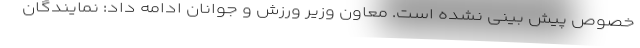
خصوص پیش بینی نشده است. معاون وزیر ورزش و جوانان ادامه داد: نمایندگان